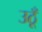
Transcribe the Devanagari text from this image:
उठूँ